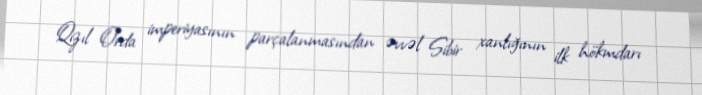
Qızıl Orda imperiyasının parçalanmasından əvvəl Sibir xanlığının ilk hökmdarı